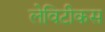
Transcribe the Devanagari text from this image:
लेविटीकस